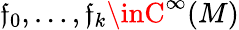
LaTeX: \mathfrak{f}_{0},\ldots,\mathfrak{f}_{k}\inC^{\infty}(M)